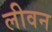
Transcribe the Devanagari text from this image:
लीवन